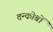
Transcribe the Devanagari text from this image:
तन्कोबों